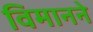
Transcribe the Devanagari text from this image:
विमानने